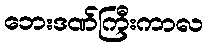
ဘေးဒဏ်ကြီးကာလ